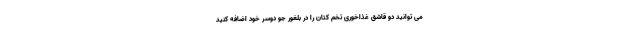
می توانید دو قاشق غذاخوری تخم کتان را در بلغور جو دوسر خود اضافه کنید